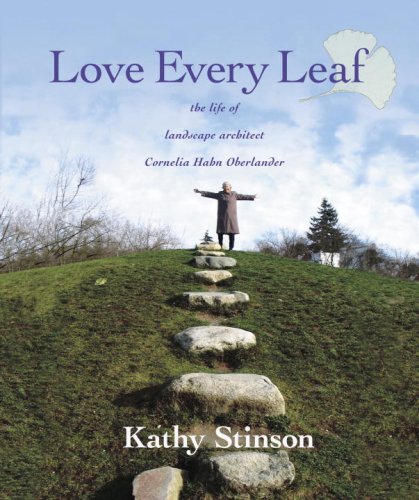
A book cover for Love Every Leaf: The Life of Landscape Architect Cornelia Hahn Oberlander; Kathy Stinson; Teen & Young Adult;